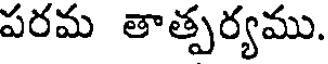
పరమ తాత్పర్యము.